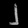
Digit: ၂